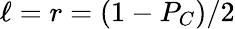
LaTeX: \ell=r=(1-P_{C})/2